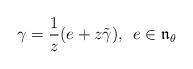
LaTeX: \begin{align*}\gamma = \frac {1}{z}(e + z\tilde{\gamma}), \,\ e \in \mathfrak{n}_{\theta}\end{align*}